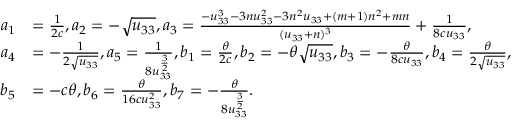
\begin{array} { r l } { a _ { 1 } } & { = \frac { 1 } { 2 c } , a _ { 2 } = - \sqrt { u _ { 3 3 } } , a _ { 3 } = \frac { - u _ { 3 3 } ^ { 3 } - 3 n u _ { 3 3 } ^ { 2 } - 3 n ^ { 2 } u _ { 3 3 } + ( m + 1 ) n ^ { 2 } + m n } { ( u _ { 3 3 } + n ) ^ { 3 } } + \frac { 1 } { 8 c u _ { 3 3 } } , } \\ { a _ { 4 } } & { = - \frac { 1 } { 2 \sqrt { u _ { 3 3 } } } , a _ { 5 } = \frac { 1 } { 8 u _ { 3 3 } ^ { \frac { 3 } { 2 } } } , b _ { 1 } = \frac { \theta } { 2 c } , b _ { 2 } = - \theta \sqrt { u _ { 3 3 } } , b _ { 3 } = - \frac { \theta } { 8 c u _ { 3 3 } } , b _ { 4 } = \frac { \theta } { 2 \sqrt { u _ { 3 3 } } } , } \\ { b _ { 5 } } & { = - c \theta , b _ { 6 } = \frac { \theta } { 1 6 c u _ { 3 3 } ^ { 2 } } , b _ { 7 } = - \frac { \theta } { 8 u _ { 3 3 } ^ { \frac { 3 } { 2 } } } . } \end{array}